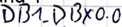
Text: DB1.DBX0.0